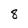
Character: 8